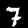
Label: 7